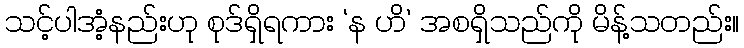
သင့်ပါအံ့နည်းဟု စုဒ်ရှိရကား ‘န ဟိ’ အစရှိသည်ကို မိန့်သတည်း။